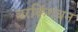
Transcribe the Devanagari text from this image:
बरकिंगधन